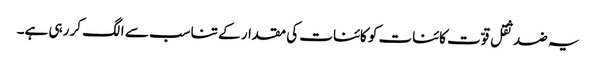
یہ ضد ثقل قوّت کائنات کو کائنات کی مقدار کے تناسب سے الگ کر رہی ہے۔